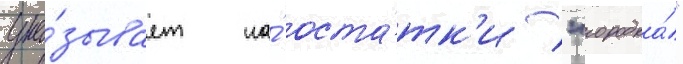
ука́зывает на́ оста́тк'и "городка́"